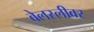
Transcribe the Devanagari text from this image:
वेलस्लीवर